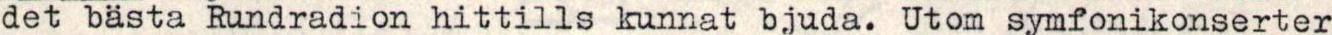
det bästa Rundradion hittills kunnat bjuda. Utom symfonikonserter